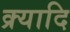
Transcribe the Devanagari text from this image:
क्र्यादि